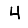
Digit: 4